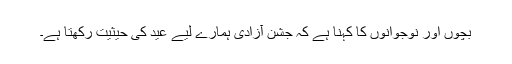
بچوں اور نوجوانوں کا کہنا ہے کہ جشن آزادی ہمارے لیے عید کی حیثیت رکھتا ہے۔